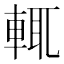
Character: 輒